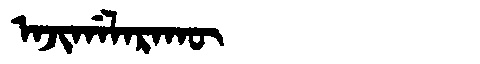
Manchu: ᠠᠵᡳᡤᠠᠯᠠᡵᠠᡴᡡ
Romanization: AJIGALARAKŪ